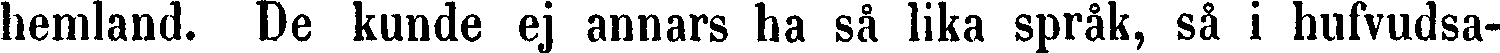
hemland. De kunde ej annars ha så lika språk, så i hufvudsa-